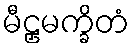
မီဠှမက္ခိတံ